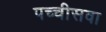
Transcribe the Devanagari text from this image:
पच्चीसवा